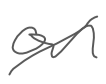
Text: on
Cross-out: diagonal
Writing tool: digital_gray